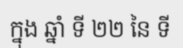
ក្នុង ឆ្នាំ ទី ២២ នៃ ទី